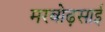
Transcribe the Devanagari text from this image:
मरबोढ़साई